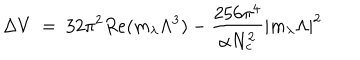
\Delta V ~ = ~ 3 2 \pi ^ { 2 } R e ( m _ { \lambda } \Lambda ^ { 3 } ) - { \frac { 2 5 6 \pi ^ { 4 } } { \alpha N _ { c } ^ { 2 } } } | m _ { \lambda } \Lambda | ^ { 2 }